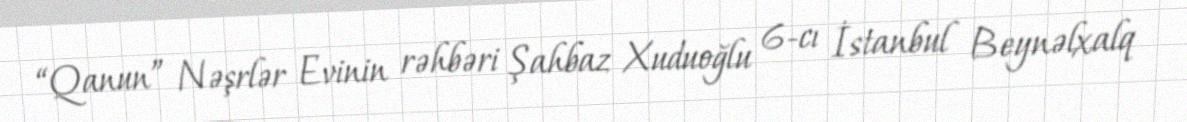
“Qanun” Nəşrlər Evinin rəhbəri Şahbaz Xuduoğlu 6-cı İstanbul Beynəlxalq